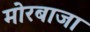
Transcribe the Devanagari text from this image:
मोरबाजा